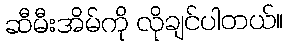
ဆီမီးအိမ်ကို လိုချင်ပါတယ်။